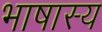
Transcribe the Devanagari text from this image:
भाषास्य